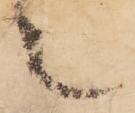
々